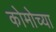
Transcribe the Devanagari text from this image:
कोमोच्या